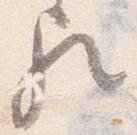
歟